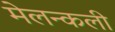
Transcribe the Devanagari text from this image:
मेलन्कली